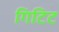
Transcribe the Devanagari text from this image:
गिटिट